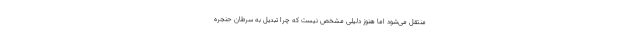
منتقل می‌شود اما هنوز دلیلی مشخص نیست که چرا تبدیل به سرطان حنجره